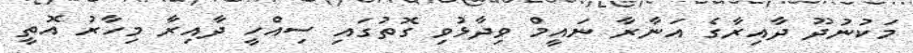
މަކުނުދޫ ދާއިރާގެ އަނާރާ ނައީމް ވިދާޅުވި ގޮތުގައި ސިއްހީ ދާއިރާ މިހާރު އޮތީ